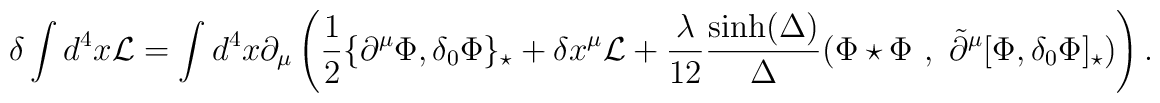
\delta \int d^4x \mathcal{L}=\int d^4x\partial_\mu\left(\frac 12 \{\partial^\mu\Phi,\delta_0\Phi\}_\star+\delta x^\mu\mathcal{L}+\frac{\lambda}{12}\frac{\sinh(\Delta)}{\Delta}(\Phi\star \Phi~,~\tilde{\partial}^\mu[\Phi,\delta_0\Phi]_\star)\right).